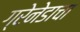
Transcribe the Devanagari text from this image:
ग्रेनेडाचा